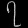
Digit: ၇